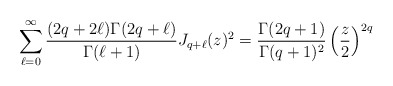
\begin{align*}\sum_{\ell=0}^{\infty}\frac{(2q+2\ell)\Gamma(2q+\ell)}{\Gamma(\ell+1)}J_{q+\ell}(z)^2 =\frac{\Gamma(2q+1)}{\Gamma(q+1)^2}\left(\frac{z}{2}\right)^{2q}\end{align*}